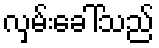
လှမ်းခေါ်သည်